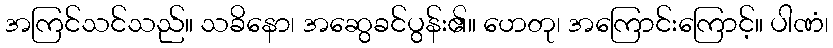
အကြင်သင်သည်။ သခိနော၊ အဆွေခင်ပွန်း၏။ ဟေတု၊ အကြောင်းကြောင့်။ ပါဏံ၊